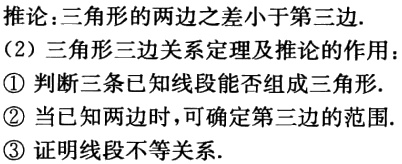
推论：三角形的两边之差小于第三边.
(2) 三角形三边关系定理及推论的作用：
\textcircled{1} 判断三条已知线段能否组成三角形.
\textcircled{2} 当已知两边时，可确定第三边的范围.
\textcircled{3} 证明线段不等关系.